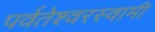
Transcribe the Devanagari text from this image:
पर्वतेश्‍वरस्वामी